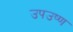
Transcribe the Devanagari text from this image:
उपउष्ण